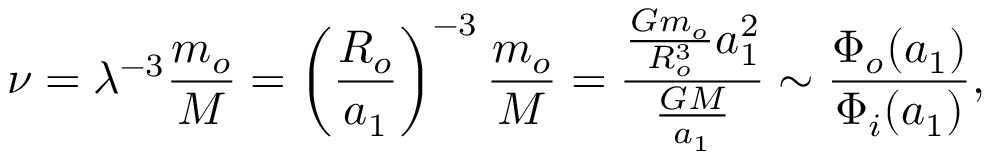
\nu = \lambda ^ { - 3 } \frac { m _ { o } } { M } = \left( \frac { R _ { o } } { a _ { 1 } } \right) ^ { - 3 } \frac { m _ { o } } { M } = \frac { \frac { G m _ { o } } { R _ { o } ^ { 3 } } a _ { 1 } ^ { 2 } } { \frac { G M } { a _ { 1 } } } \sim \frac { \Phi _ { o } ( a _ { 1 } ) } { \Phi _ { i } ( a _ { 1 } ) } ,